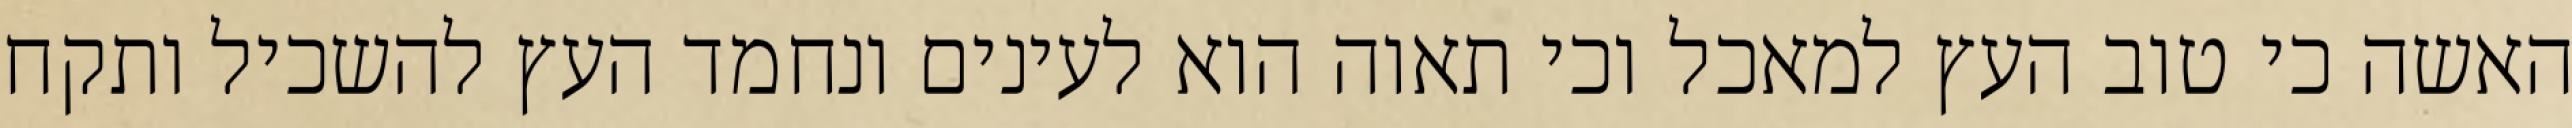
האשה כי טוב העץ למאכל וכי תאוה הוא לעינים ונחמד העץ להשכיל ותקח